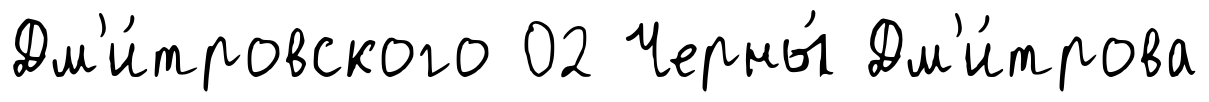
Дм'и́тровского 02 Черны́ Дм'и́трова